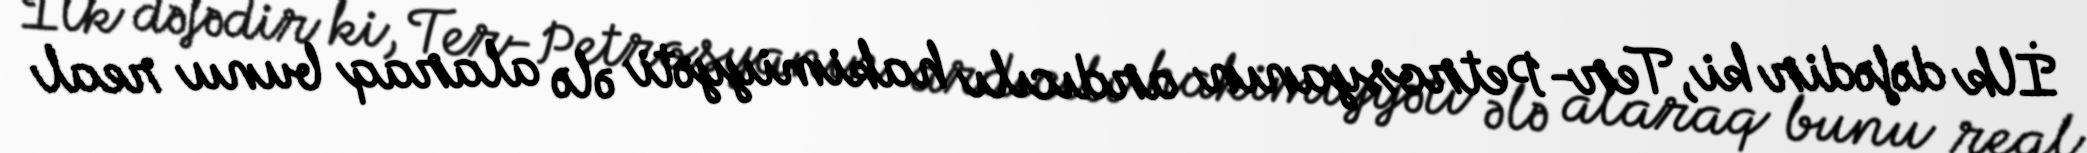
İlk dəfədir ki, Ter-Petrosyanın ardıcılı hakimiyyəti ələ alaraq bunu real